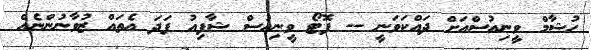
ހުޝާމް ވީނިއުސްއަށް ދައްކަވަނީ -- ފޮޓޯ ވީނިއުސް ޝާފިއު ފަދަ އެތައް ޒުވާނުންނެއް